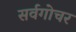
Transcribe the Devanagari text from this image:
सर्वगोचर